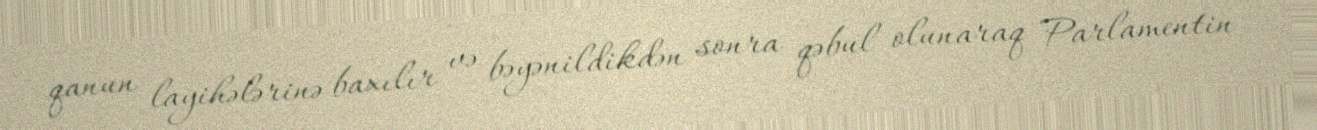
qanun layihələrinə baxılır və bəyənildikdən sonra qəbul olunaraq Parlamentin